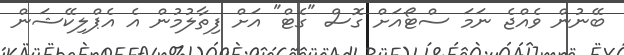
ބޭނުން ވެއްޖެ ނަމަ ސްޓޯއަށް ގޮސް "ގެޓް" އަށް ފިތާލުމުން އެ އެޕްލިކޭޝަން